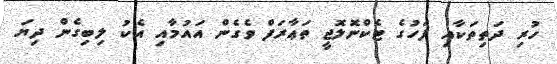
ހުރި ދަތިތަކާއި ފަހުގެ ޓެކްނޮލޮޖީ ތަޢާރަފް ވެގެން އައުމާއި އެކު ލިބިގެން ދިޔަ